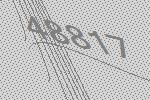
48817